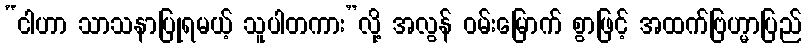
“ငါဟာ သာသနာပြုရမယ့် သူပါတကား”လို့ အလွန် ဝမ်းမြောက် စွာဖြင့် အထက်ဗြဟ္မာပြည်